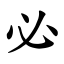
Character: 必